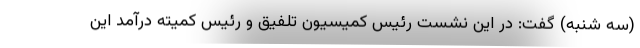
(سه شنبه) گفت: در این نشست رئیس کمیسیون تلفیق و رئیس کمیته درآمد این